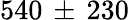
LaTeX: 540\, \pm\, 230